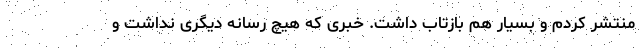
منتشر کردم و بسیار هم بازتاب داشت. خبری که هیچ رسانه دیگری نداشت و